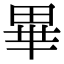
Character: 畢